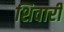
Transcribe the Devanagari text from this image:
शिवारी